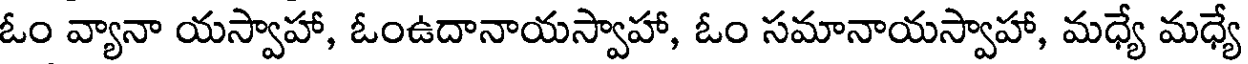
ఓం వ్యానా యస్వాహా, ఓంఉదానాయస్వాహా, ఓం సమానాయస్వాహా, మధ్యే మధ్యే